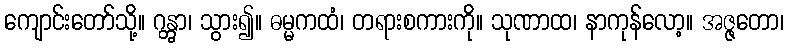
ကျောင်းတော်သို့။ ဂန္တွာ၊ သွား၍။ ဓမ္မကထံ၊ တရားစကားကို။ သုဏာထ၊ နာကုန်လော့။ အဇ္ဇတော၊